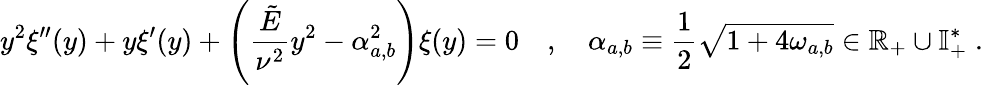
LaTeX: y^{2}\xi^{\prime\prime}(y)+y\xi^{\prime}(y)+\left(\frac{\tilde{E}}{\nu^{2}}y^{2}-\alpha_{a,b}^{2}\right)\xi(y)=0\quad,\quad\alpha_{a,b}\equiv\frac{1}{2}\sqrt{1+4\omega_{a,b}}\in\mathbb{R}_{+}\cup\mathbb{I}_{+}^{*}\; .